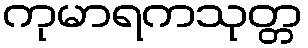
ကုမာရကသုတ္တ